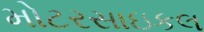
મોટરસાઇકલ